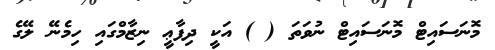
މޮނަސައިޓް މޮނަސައިޓް ނުވަތަ ( ) އަކީ ދިފާޢީ ނިޒާމްގައި ހިމެނޭ ލޭގެ